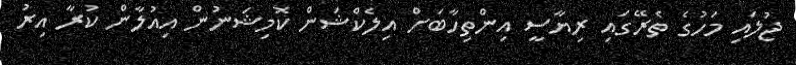
ޖުލައި މަހުގެ ތެރޭގައި ރިޔާސީ އިންތިހާބަށް އިލެކްޝަން ކޮމިޝަނުން އިއުލާން ކުރާ އިރު